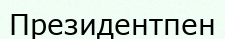
Президентпен